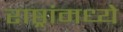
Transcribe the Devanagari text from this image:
राष्ठ्रांमध्ये